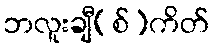
ဘလူးချီ(စ်)ကိတ်